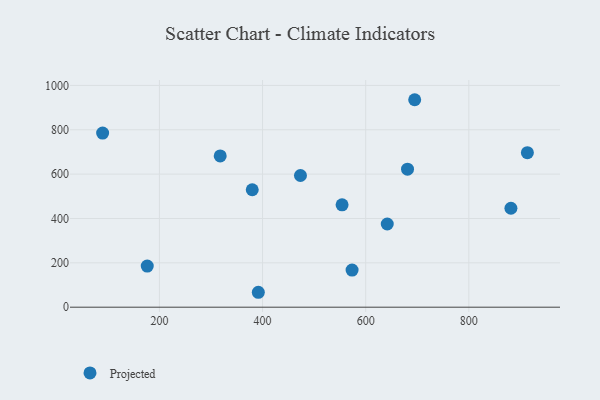
{"axis": {"x": "Price", "y": "Fuel Efficiency"}, "legend": ["Projected"], "data": [{"x": "391.8", "y": 67.3, "type": "Projected"}, {"x": "681.1", "y": 622.4, "type": "Projected"}, {"x": "554.2", "y": 461.8, "type": "Projected"}, {"x": "695.0", "y": 935.5, "type": "Projected"}, {"x": "881.6", "y": 446.1, "type": "Projected"}, {"x": "913.5", "y": 696.9, "type": "Projected"}, {"x": "317.9", "y": 682.2, "type": "Projected"}, {"x": "573.6", "y": 167.6, "type": "Projected"}, {"x": "380.0", "y": 529.5, "type": "Projected"}, {"x": "473.5", "y": 593.9, "type": "Projected"}, {"x": "641.8", "y": 375.2, "type": "Projected"}, {"x": "176.4", "y": 185.6, "type": "Projected"}, {"x": "89.9", "y": 785.2, "type": "Projected"}]}